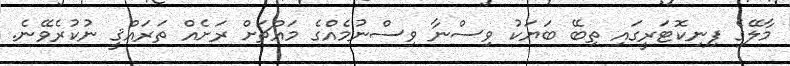
މާލޭގެ ފިނިކޮޓަރީގައި ތިބޭ ބަޔަކު ވިސްނާ ވިސްނުމެއްގެ މައްޗަށް ރަށެއް ތަރައްޤީ ނުކުރެވޭނެ.